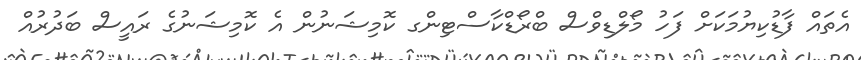
އެތައް ފާޑުކިޔުމަކަށް ފަހު މޯލްޑިވްސް ބްރޯޑްކާސްޓިންގ ކޮމިޝަނުން އެ ކޮމިޝަނުގެ ރައީސް ބަދުރުއް